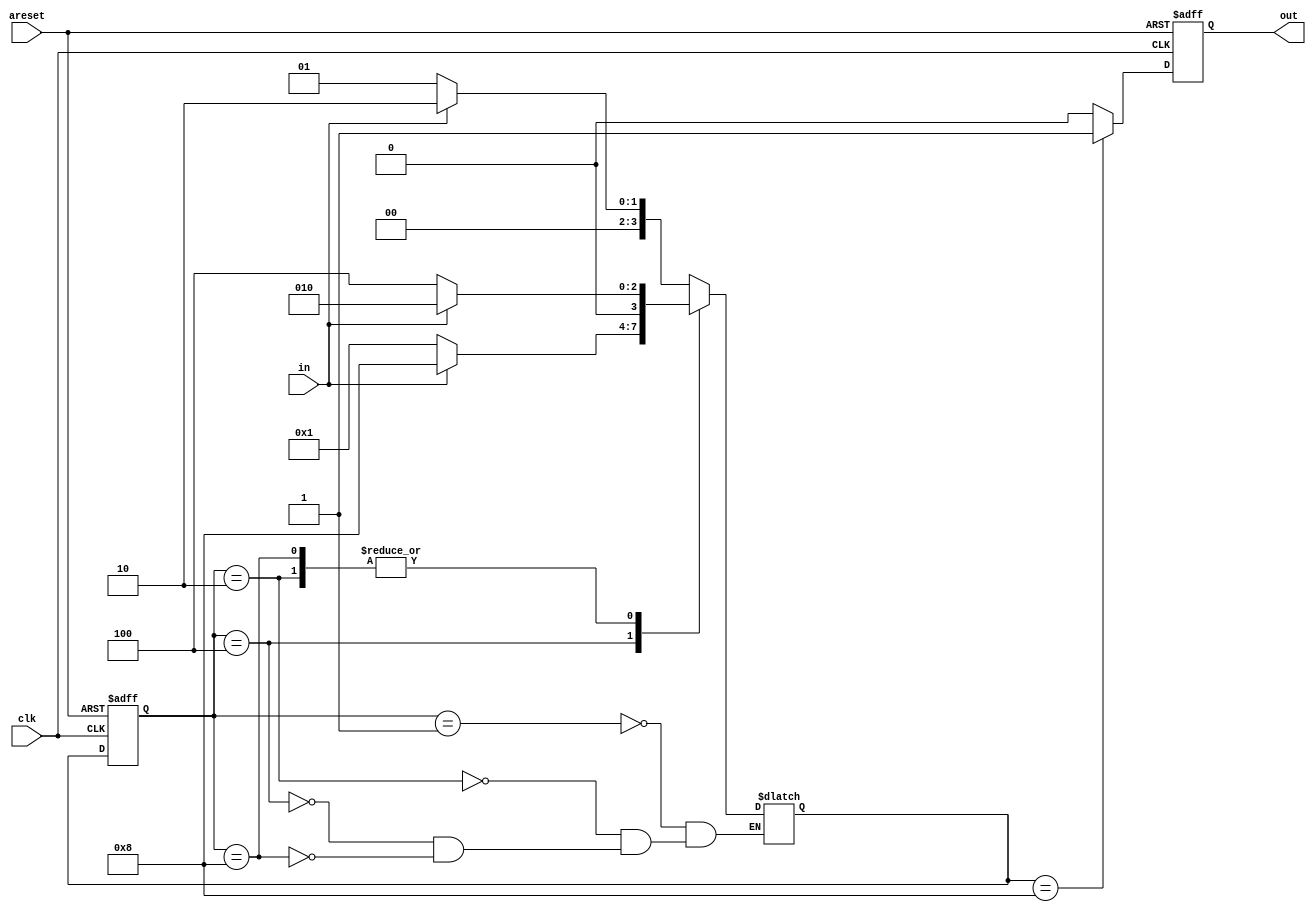
module top_module(
    input clk,
    input in,
    input areset,
    output out); //
	
    parameter A = 4'b0001 ;
    parameter B = 4'b0010 ;
    parameter C = 4'b0100 ;
    parameter D = 4'b1000 ;
    reg [3:0] c_state ;
    reg [3:0] n_state ;
    reg r_out ;
    
    assign out = r_out ;
    
    always @(posedge clk or posedge areset) begin
        if(areset) begin
            c_state <= A ;
        end
        else begin
            c_state <= n_state ;
        end
    end
    
    always @(*) begin
        case(c_state)
            A : n_state = in ? B : A ;
            B : n_state = in ? B : C ;
            C : n_state = in ? D : A ;
            D : n_state = in ? B : C ;
        endcase
    end
    
    always @(posedge clk or posedge areset) begin
        if(areset) begin
            r_out <= 0 ;
        end
        else begin
            case(n_state)
        	D : r_out <= 1 ;
            	default : r_out <= 0 ;
            endcase
        end
    end

endmodule